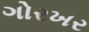
ગોરખર